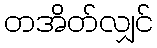
တအိတ်လျှင်